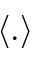
\langle . \rangle